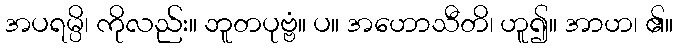
အပရမ္ပိ၊ ကိုလည်း။ ဘူတပုဗ္ဗံ။ ပ။ အဟောသီတိ၊ ဟူ၍။ အာဟ၊ ၏။